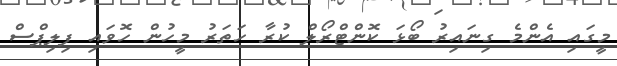
މީގައި އެންމެ ގިނައިރު ބޯޅަ ކޮންޓްރޯލް ކުރާ ހަތަރު މީހުން ހޮވައި ފިލިޕްސް